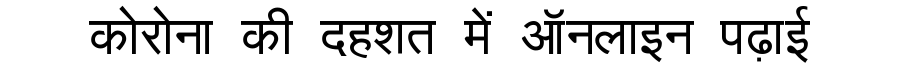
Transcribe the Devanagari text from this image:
कोरोना की दहशत में ऑनलाइन पढ़ाई